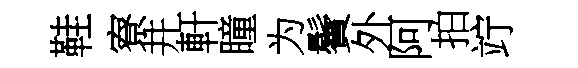
鞋寮井軒瞳为鬢外阿拍竚